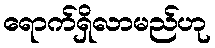
ရောက်ရှိလာမည်ဟု